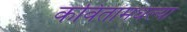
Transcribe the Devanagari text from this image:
कवितांमधल्या